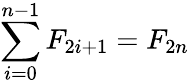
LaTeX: \sum_{i=0}^{n-1}F_{2i+1}=F_{2n}